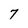
Character: 7